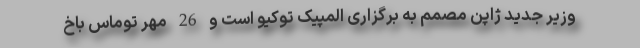
وزیر جدید ژاپن مصمم به برگزاری المپیک توکیو است و 26 مهر توماس باخ